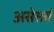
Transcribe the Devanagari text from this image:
असेसर्स